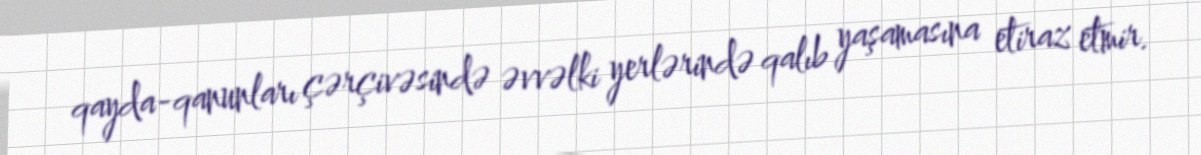
qayda-qanunları çərçivəsində əvvəlki yerlərində qalıb yaşamasına etiraz etmir.